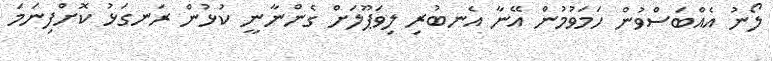
ލޯނު އެއްބަސްވުން ހަމަވުމުން އޭނާ އެނބުރި ލިވަޕޫލަށް ގެންނާނީ ކުޅުން ރަނގަޅު ކޮށްފިނަމަ